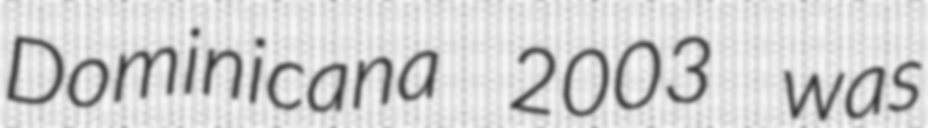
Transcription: Dominicana 2003 was